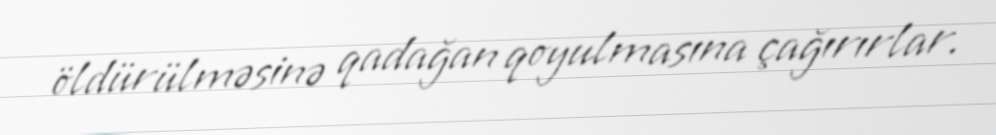
öldürülməsinə qadağan qoyulmasına çağırırlar.